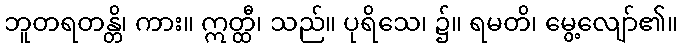
ဘူတရတန္တိ၊ ကား။ ဣတ္ထီ၊ သည်။ ပုရိသေ၊ ၌။ ရမတိ၊ မွေ့လျော်၏။